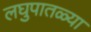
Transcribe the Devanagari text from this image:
लघुपातळ्या